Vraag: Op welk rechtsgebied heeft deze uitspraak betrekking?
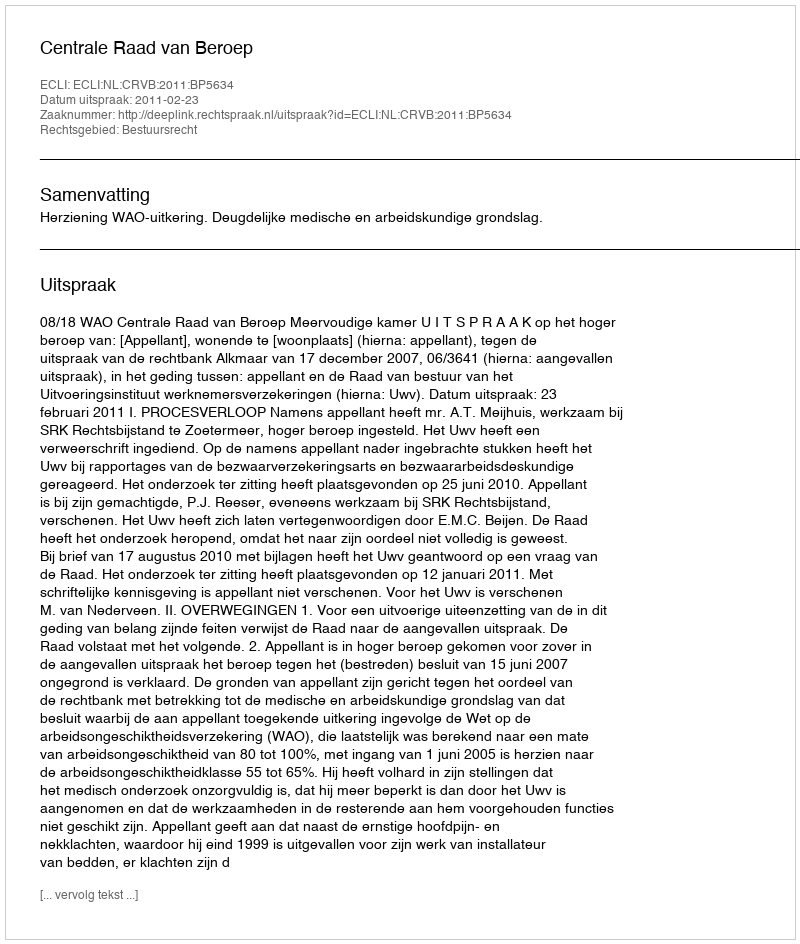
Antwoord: Bestuursrecht